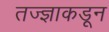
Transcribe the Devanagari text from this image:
तज्‍ज्ञाकडून